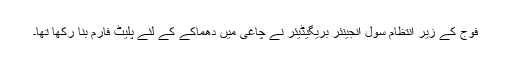
فوج کے زیر انتظام سول انجینئر بریگیڈیئر نے چاغی میں دھماکے کے لئے پلیٹ فارم بنا رکھا تھا۔